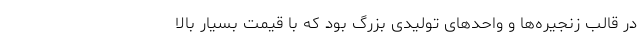
در قالب زنجیره‌ها و واحدهای تولیدی بزرگ بود که با قیمت بسیار بالا